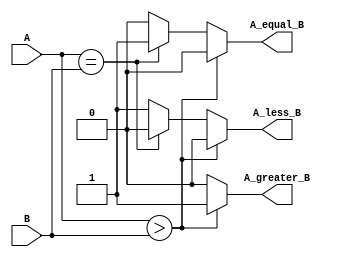
module signed_comparator (
    input signed [3:0] A, // 4-bit signed input A
    input signed [3:0] B, // 4-bit signed input B
    output reg A_greater_B, // A > B
    output reg A_equal_B,   // A == B
    output reg A_less_B     // A < B
);

    always @(A or B) begin
        if (A > B) begin
            A_greater_B = 1;
            A_equal_B = 0;
            A_less_B = 0;
        end else if (A == B) begin
            A_greater_B = 0;
            A_equal_B = 1;
            A_less_B = 0;
        end else begin
            A_greater_B = 0;
            A_equal_B = 0;
            A_less_B = 1;
        end
    end

endmodule